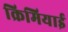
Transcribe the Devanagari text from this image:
क्रिमियाई